Rangoon Lunatic Asylum 1893-1897 - 1893-1897
Year: 1893
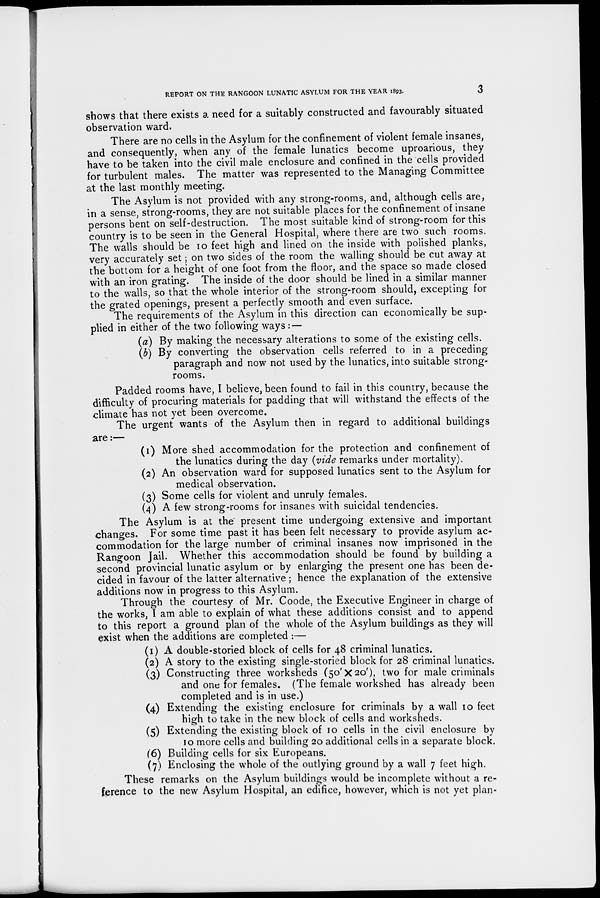
REPORT ON THE RANGOON LUNATIC ASYLUM FOR THE YEAR 1893.
3
shows that there exists a need for a suitably constructed and favourably situated
observation ward.
There are no cells in the Asylum for the confinement of violent female insanes,
and consequently, when any of the female lunatics become uproarious, they
have to be taken into the civil male enclosure and confined in the cells provided
for turbulent males. The matter was represented to the Managing Committee
at the last monthly meeting.
The Asylum is not provided with any strong-rooms, and, although cells are,
in a sense, strong-rooms, they are not suitable places for the confinement of insane
persons bent on self-destruction. The most suitable kind of strong-room for this
country is to be seen in the General Hospital, where there are two such rooms.
The walls should be 10 feet high and lined on the inside with polished planks,
very accurately set; on two sides of the room the walling should be cut away at
the bottom for a height of one foot from the floor, and the space so made closed
with an iron grating. The inside of the door should be lined in a similar manner
to the walls, so that the whole interior of the strong-room should, excepting for
the grated openings, present a perfectly smooth and even surface.
The requirements of the Asylum in this direction can economically be sup-
plied in either of the two following ways : —
(a) By making the necessary alterations to some of the existing cells.
(b) By converting the observation cells referred to in a preceding
paragraph and now not used by the lunatics, into suitable strong-
rooms.
Padded rooms have, I believe, been found to fail in this country, because the
difficulty of procuring materials for padding that will withstand the effects of the
climate has not yet been overcome.
The urgent wants of the Asylum then in regard to additional buildings
are:—
(1) More shed accommodation for the protection and confinement of
the lunatics during the day (vide remarks under mortality).
(2) An observation ward for supposed lunatics sent to the Asylum for
medical observation.
(3) Some cells for violent and unruly females.
(4) A few strong-rooms for insanes with suicidal tendencies.
The Asylum is at the present time undergoing extensive and important
changes. For some time past it has been felt necessary to provide asylum ac-
commodation for the large number of criminal insanes now imprisoned in the
Rangoon Jail. Whether this accommodation should be found by building a
second provincial lunatic asylum or by enlarging the present one has been de-
cided in favour of the latter alternative; hence the explanation of the extensive
additions now in progress to this Asylum.
Through the courtesy of Mr. Coode, the Executive Engineer in charge of
the works, I am able to explain of what these additions consist and to append
to this report a ground plan of the whole of the Asylum buildings as they will
exist when the additions are completed :—
(1) A double-storied block of cells for 48 criminal lunatics.
(2) A story to the existing single-storied block for 28 criminal lunatics.
(3) Constructing three worksheds (50'×20'), two for male criminals
and one for females. (The female workshed has already been
completed and is in use.)
(4) Extending the existing enclosure for criminals by a wall 10 feet
high to take in the new block of cells and worksheds.
(5) Extending the existing block of 10 cells in the civil enclosure by
10 more cells and building 20 additional cells in a separate block.
(6) Building cells for six Europeans.
(7) Enclosing the whole of the outlying ground by a wall 7 feet high.
These remarks on the Asylum buildings would be incomplete without a re-
ference to the new Asylum Hospital, an edifice, however, which is not yet plan-